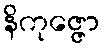
နိကုဇ္ဇော